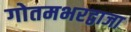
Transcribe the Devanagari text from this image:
गोतमभरद्वाजा